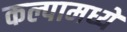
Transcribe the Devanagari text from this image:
कल्पामध्ये